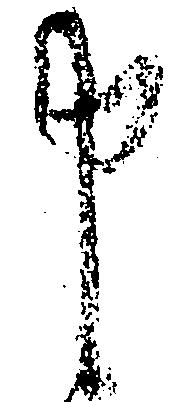
申